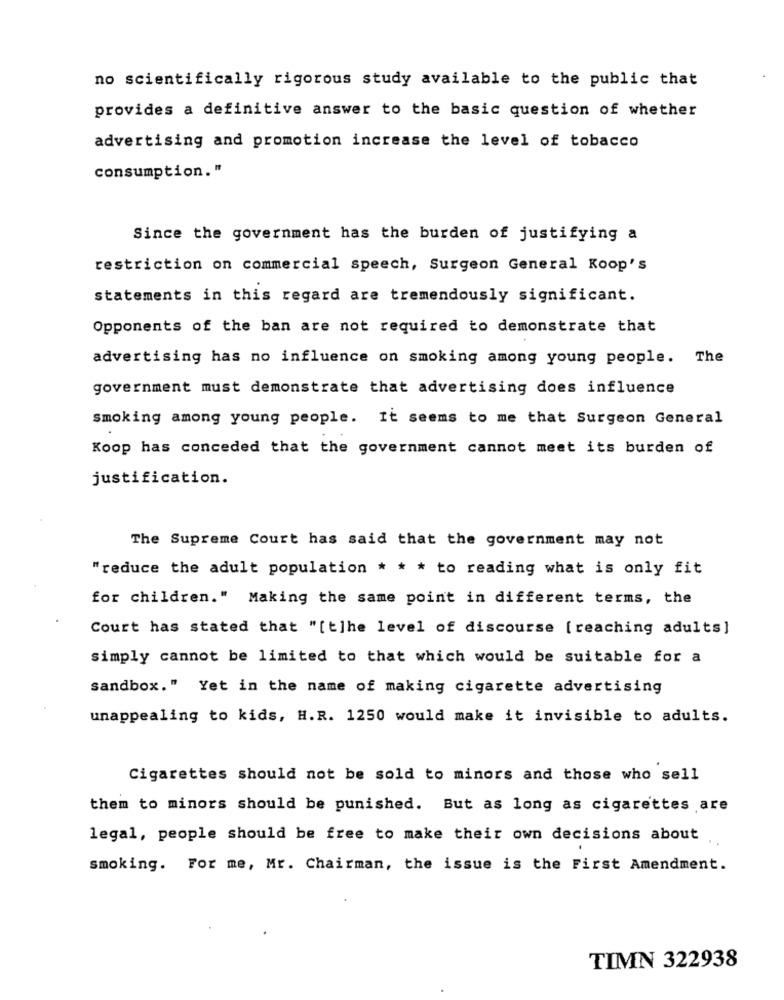
no scientifically rigorous study available to the public that
provides a definitive answer to the basic question of whether
advertising and promotion increase the level of tobacco
consumption. "
Since the government has the burden of justifying a
restriction on commercial speech, Surgeon General Koop's
statements in this regard are tremendously significant.
Opponents of the ban are not required to demonstrate that
advertising has no influence on smoking among young people. The
government must demonstrate that advertising does influence
smoking among young people. It seems to me that Surgeon General
Koop has conceded that the government cannot meet its burden of
justification.
The Supreme Court has said that the government may not
"reduce the adult population * * * to reading what is only fit
for children." Making the same point in different terms, the
Court has stated that "[t]he level of discourse [ reaching adults]
simply cannot be limited to that which would be suitable for a
sandbox." Yet in the name of making cigarette advertising
unappealing to kids, H.R. 1250 would make it invisible to adults.
Cigarettes should not be sold to minors and those who sell
them to minors should be punished. But as long as cigarettes are
legal, people should be free to make their own decisions about
smoking. For me, Mr. Chairman, the issue is the First Amendment.
TIMN 322938